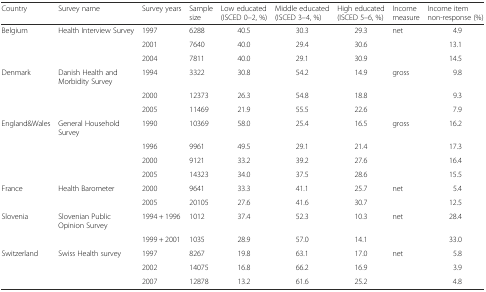
<table><thead><tr><td><b>Country</b></td><td><b>Survey name</b></td><td><b>Survey years</b></td><td><b>Sample size</b></td><td><b>Low educated (ISCED 0–2, %)</b></td><td><b>Middle educated (ISCED 3–4, %)</b></td><td><b>High educated (ISCED 5–6, %)</b></td><td><b>Income measure</b></td><td><b>Income item non-response (%)</b></td></tr></thead><tbody><tr><td>Belgium</td><td>Health Interview Survey</td><td>1997</td><td>6288</td><td>40.5</td><td>30.3</td><td>29.3</td><td>net</td><td>4.9</td></tr><tr><td></td><td></td><td>2001</td><td>7640</td><td>40.0</td><td>29.4</td><td>30.6</td><td></td><td>13.1</td></tr><tr><td></td><td></td><td>2004</td><td>7811</td><td>40.0</td><td>29.1</td><td>30.9</td><td></td><td>14.5</td></tr><tr><td>Denmark</td><td>Danish Health and Morbidity Survey</td><td>1994</td><td>3322</td><td>30.8</td><td>54.2</td><td>14.9</td><td>gross</td><td>9.8</td></tr><tr><td></td><td></td><td>2000</td><td>12373</td><td>26.3</td><td>54.8</td><td>18.8</td><td></td><td>9.3</td></tr><tr><td></td><td></td><td>2005</td><td>11469</td><td>21.9</td><td>55.5</td><td>22.6</td><td></td><td>7.9</td></tr><tr><td>England&amp;Wales</td><td>General Household Survey</td><td>1990</td><td>10369</td><td>58.0</td><td>25.4</td><td>16.5</td><td>gross</td><td>16.2</td></tr><tr><td></td><td></td><td>1996</td><td>9961</td><td>49.5</td><td>29.1</td><td>21.4</td><td></td><td>17.3</td></tr><tr><td></td><td></td><td>2000</td><td>9121</td><td>33.2</td><td>39.2</td><td>27.6</td><td></td><td>16.4</td></tr><tr><td></td><td></td><td>2005</td><td>14323</td><td>34.0</td><td>37.5</td><td>28.6</td><td></td><td>15.5</td></tr><tr><td>France</td><td>Health Barometer</td><td>2000</td><td>9641</td><td>33.3</td><td>41.1</td><td>25.7</td><td>net</td><td>5.4</td></tr><tr><td></td><td></td><td>2005</td><td>20105</td><td>27.6</td><td>41.6</td><td>30.7</td><td></td><td>12.5</td></tr><tr><td>Slovenia</td><td>Slovenian Public Opinion Survey</td><td>1994 + 1996</td><td>1012</td><td>37.4</td><td>52.3</td><td>10.3</td><td>net</td><td>28.4</td></tr><tr><td></td><td></td><td>1999 + 2001</td><td>1035</td><td>28.9</td><td>57.0</td><td>14.1</td><td></td><td>33.0</td></tr><tr><td>Switzerland</td><td>Swiss Health survey</td><td>1997</td><td>8267</td><td>19.8</td><td>63.1</td><td>17.0</td><td>net</td><td>5.8</td></tr><tr><td></td><td></td><td>2002</td><td>14075</td><td>16.8</td><td>66.2</td><td>16.9</td><td></td><td>3.9</td></tr><tr><td></td><td></td><td>2007</td><td>12878</td><td>13.2</td><td>61.6</td><td>25.2</td><td></td><td>4.8</td></tr></tbody></table>